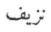
نزيف